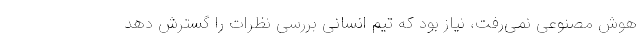
هوش مصنوعی نمی‌رفت، نیاز بود که تیم انسانی بررسی نظرات را گسترش دهد